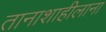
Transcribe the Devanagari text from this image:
तानाशाहीलाना